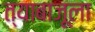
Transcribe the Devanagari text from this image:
त्याबाजूला